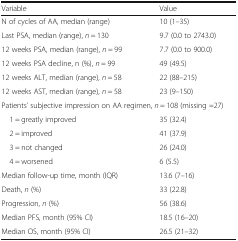
| Variable | Value |
 | --- | --- |
 | N of cycles of AA, median (range) | 10 (1–35) |
 | Last PSA, median (range), n = 130 | 9.7 (0.0 to 2743.0) |
 | 12 weeks PSA, median (range), n = 99 | 7.7 (0.0 to 900.0) |
 | 12 weeks PSA decline, n (%), n = 99 | 49 (49.5) |
 | 12 weeks ALT, median (range), n = 58 | 22 (88–215) |
 | 12 weeks AST, median (range), n = 58 | 23 (9–150) |
 | <COLSPAN=2> Patients’ subjective impression on AA regimen, n = 108 (missing =27) |
 | 1 = greatly improved | 35 (32.4) |
 | 2 = improved | 41 (37.9) |
 | 3 = not changed | 26 (24.0) |
 | 4 = worsened | 6 (5.5) |
 | Median follow-up time, month (IQR) | 13.6 (7–16) |
 | Death, n (%) | 33 (22.8) |
 | Progression, n (%) | 56 (38.6) |
 | Median PFS, month (95% CI) | 18.5 (16–20) |
 | Median OS, month (95% CI) | 26.5 (21–32) |